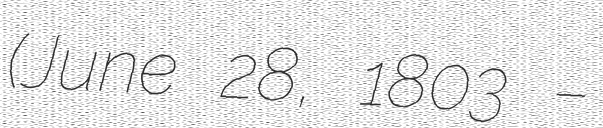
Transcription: (June 28, 1803 –